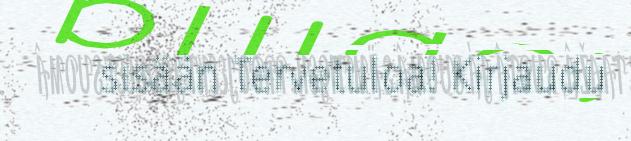
sisään Tervetuloa! Kirjaudu